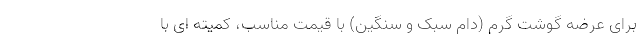
برای عرضه گوشت گرم (دام سبک و سنگین) با قیمت ‌مناسب، کمیته ای با